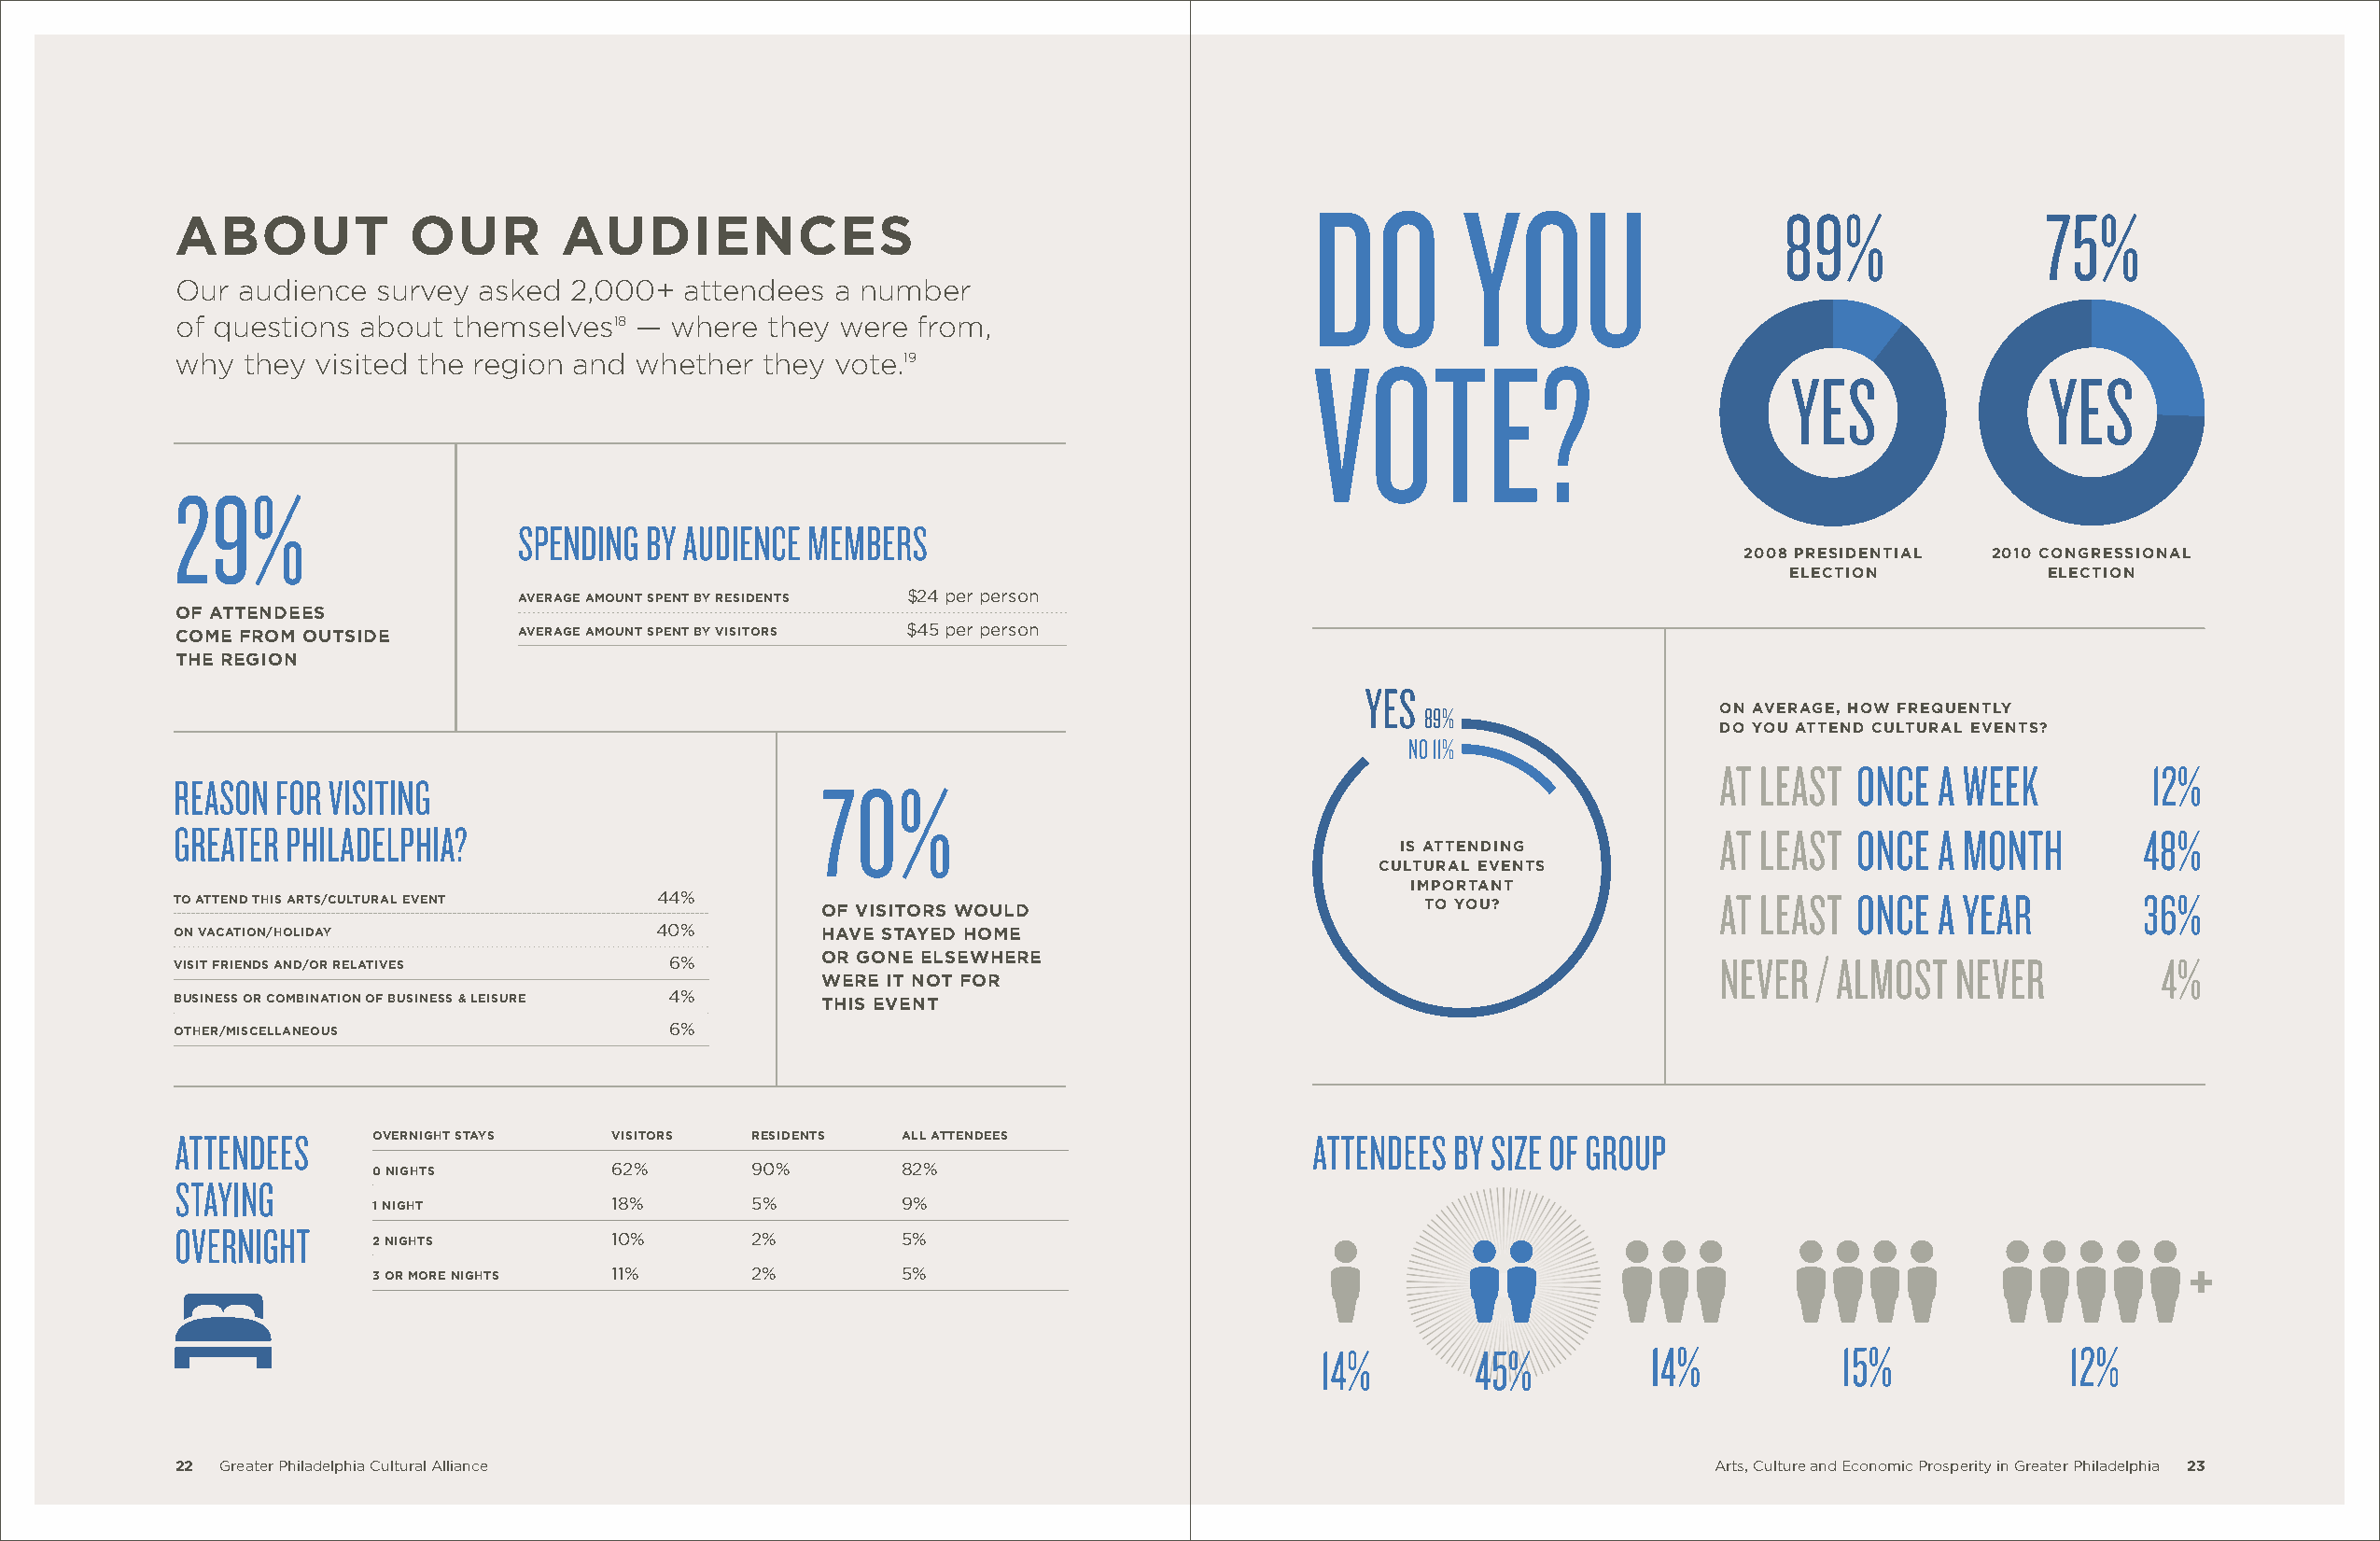
DO         YOU
 about            our        audiences                                                                              89%               75%
 Our  audience  survey asked 2,000+  attendees  a number
 of questions  about themselves18 —  where they  were from,
 why  they visited the region and whether  they vote.19                           VOTE?
 YES               YES
 29%
 SPENDING BY AUDIENCE MEMBERS
 2008 presidential 2010 congressional
 election          election
 average amount spent by residents $24 per person
 of attendees
 come from outside        average amount spent by visitors $45 per person
 the region
 YES
 89%                  on average, how frequently
 do you attend cultural events?
 NO 11%
 AT LEAST  ONCE A WEEK          12%
 REASON  FOR VISITING                          70%
 GREATER PHILADELPHIA?                                                                                         AT LEAST  ONCE A MONTH        48%
 is attending
 cultural events
 important
 to attend this arts/cultural event 44%        of visitors would                          to you?              AT LEAST  ONCE A YEAR         36%
 on vacation/holiday                40%        have stayed home
 visit friends and/or relatives     6%         or gone elsewhere                                               NEVER  / ALMOST  NEVER         4%
 were it not for
 business or combination of business & leisure 4% this event
 other/miscellaneous                6%
 ATTENDEES     overnight stays  visitors  residents  all attendees                ATTENDEES BY SIzE OF GROUP
 0 nights         62%       90%        82%
 STAYING
 1 night          18%       5%         9%
 OVERNIGHT
 2 nights         10%       2%         5%
 3 or more nights 11%       2%         5%                                                                                         +
 14%        45%         14%           15%             12%
 22  Greater Philadelphia Cultural Alliance                                                                    Arts, Culture and Economic Prosperity in Greater Philadelphia 23